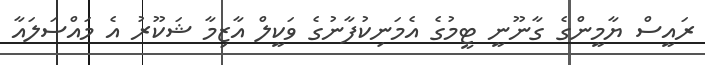
ރައީސް ޔާމީންގެ ގާނޫނީ ޓީމުގެ އެމަނިކުފާނުގެ ވަކީލް އާޒިމާ ޝަކޫރު އެ މައްސަލައާ